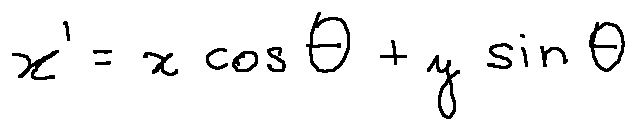
x ^ { \prime } = x \cos \theta + y \sin \theta